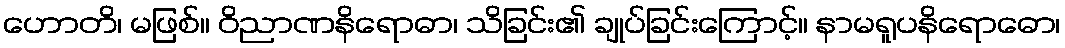
ဟောတိ၊ မဖြစ်။ ဝိညာဏနိရောဓာ၊ သိခြင်း၏ ချုပ်ခြင်းကြောင့်။ နာမရူပနိရောဓော၊